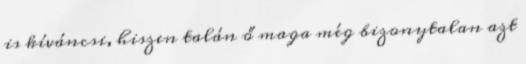
is kíváncsi, hiszen talán ő maga még bizonytalan azt